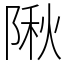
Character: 𨺹